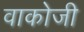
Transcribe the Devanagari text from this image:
वाकोजी